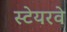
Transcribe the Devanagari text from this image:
स्टेयरवे